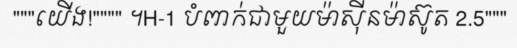
"""យើង!"""" ។H-1 បំពាក់ជាមួយម៉ាស៊ីនម៉ាស៊ូត 2.5"""